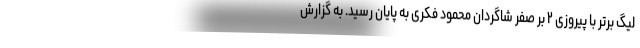
لیگ برتر با پیروزی ۲ بر صفر شاگردان محمود فکری به پایان رسید. به گزارش